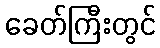
ခေတ်ကြီးတွင်